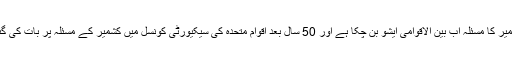
کشمیر کا مسئلہ اب بین الاقوامی ایشو بن چکا ہے اور 50 سال بعد اقوام متحدہ کی سیکیورٹی کونسل میں کشمیر کے مسئلہ پر بات کی گئی۔